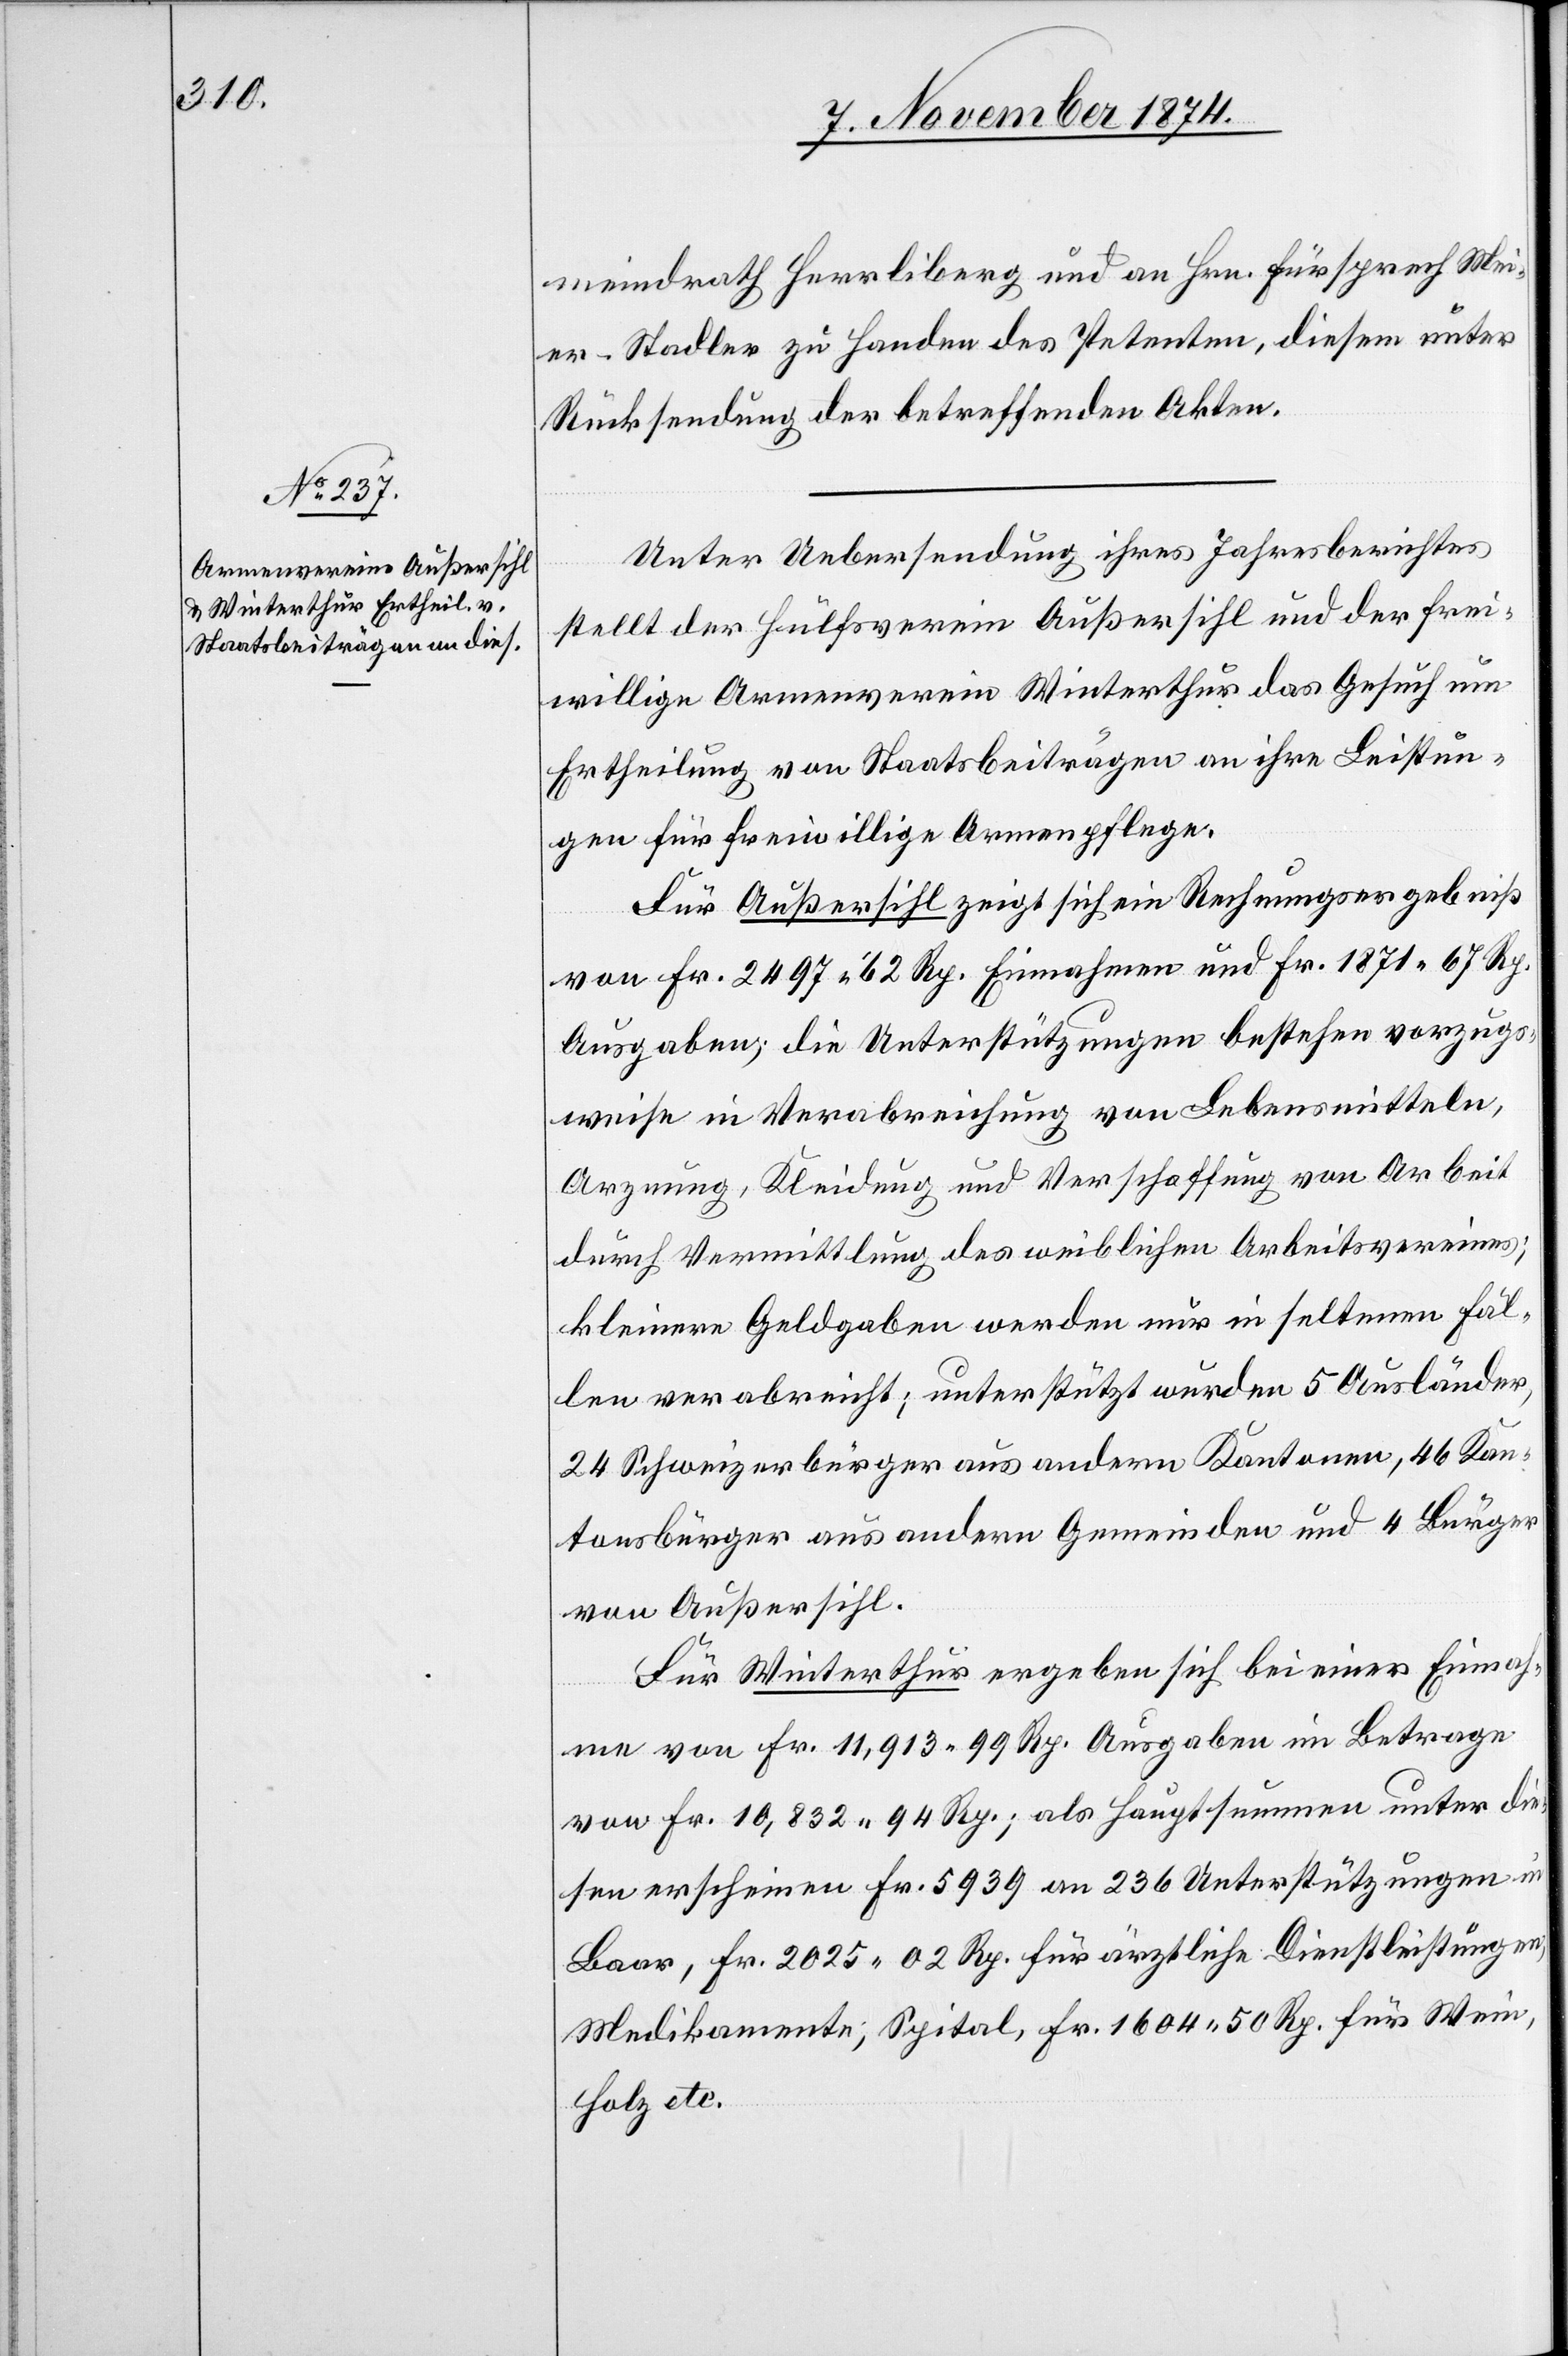
meindrath Herrliberg und an Hrn. Fürsprech Mei¬
er-Stadler zu Handen des Petenten, diesem unter
Rücksendung der betreffenden Akten.
Unter Uebersendung ihres Jahresberichtes
stellt der Hülfsverein Außersihl und der frei¬
willige Armenverein Winterthur das Gesuch um
Ertheilung von Staatsbeiträgen an ihre Leistun¬
gen für freiwillige Armenpflege.
Für Außersihl zeigt sich ein Rechnungsergebniß
von Fr. 2497 62 Rp. Einnahmen und Fr. 1871 67 Rp.
Ausgaben; die Unterstützungen bestehen vorzugs¬
weise in Verabreichung von Lebensmitteln,
Arznung, Kleidung und Verschaffung von Arbeit
durch Vermittlung des weiblichen Arbeitsvereines;
kleinere Geldgaben werden nur in seltenen Fäl¬
len verabreicht; unterstützt wurden 5 Ausländer,
24 Schweizerbürger aus andern Kantonen, 46 Kan¬
tonsbürger aus andern Gemeinden und 4 Bürger
von Außersihl.
Für Winterthur ergeben sich bei einer Einnah¬
me von Fr. 11,913 99 Rp. Ausgaben im Betrage
von Fr. 10,832 94 Rp.; als Hauptsummen unter die¬
sen erscheinen Fr. 5939 an 236 Unterstützungen in
Baar, Fr. 2025 02 Rp. für ärztliche Dienstleistungen,
Medikamente; Spital, Fr. 1604 50 Rp. für Wein,
Holz etc.